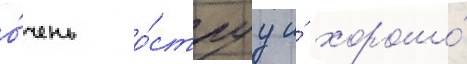
о́чень о́струу и́ хорошо́